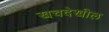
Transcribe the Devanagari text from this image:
खचदेखील